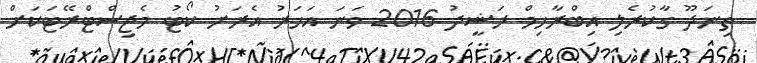
ތިނަދޫ ގާކުރެލި އިބްރާހިމް ރަޝީދު 2016 ވަނަ އަހަރު އެރަށު ކޯޓު މެޖިސްޓްރޭޓަކަށް